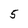
Character: 5